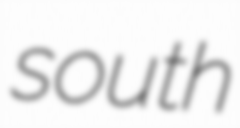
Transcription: south